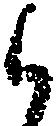
候